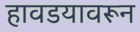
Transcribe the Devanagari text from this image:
हावडयावरून